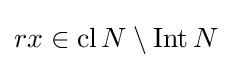
rx\in \operatorname {cl} N\setminus \operatorname {Int} N